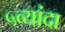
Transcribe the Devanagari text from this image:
५व्यांदा